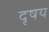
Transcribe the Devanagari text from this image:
दृषय